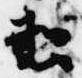
悲